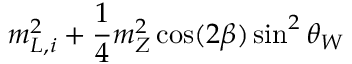
m _ { L , i } ^ { 2 } + \frac { 1 } { 4 } m _ { Z } ^ { 2 } \cos ( 2 \beta ) \sin ^ { 2 } \theta _ { W }